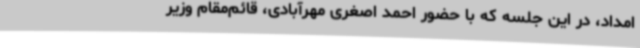
امداد، در این جلسه که با حضور احمد اصغری مهرآبادی، قائم‌مقام وزیر